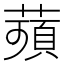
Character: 𦹗